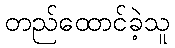
တည်ထောင်ခဲ့သူ